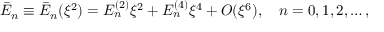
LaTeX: \bar { E } _ { n } \equiv \bar { E } _ { n } ( \xi ^ { 2 } ) = E _ { n } ^ { ( 2 ) } \xi ^ { 2 } + E _ { n } ^ { ( 4 ) } \xi ^ { 4 } + O ( \xi ^ { 6 } ) , \quad n = 0 , 1 , 2 , \dots ,